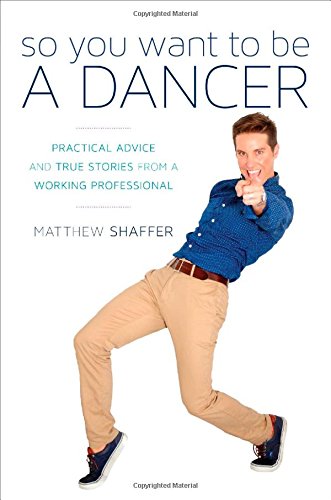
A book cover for So You Want to Be a Dancer: Practical Advice and True Stories from a Working Professional; Matthew Shaffer; Business & Money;